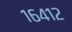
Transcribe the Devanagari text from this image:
१६४१२